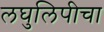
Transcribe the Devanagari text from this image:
लघुलिपीचा